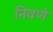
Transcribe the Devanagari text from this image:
निवणे